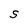
Character: S